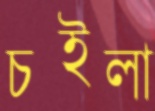
চইলা